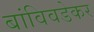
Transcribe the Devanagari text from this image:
बांविवडेकर